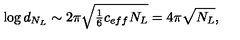
\log d _ { N _ { L } } \sim { 2 \pi \sqrt { \textstyle { \frac { 1 } { 6 } } c _ { e f f } N _ { L } } } = 4 \pi \sqrt { N _ { L } } ,